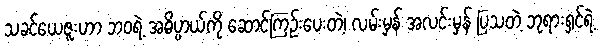
သခင်ယေဇူးဟာ ဘဝရဲ့ အဓိပ္ပာယ်ကို ဆောင်ကြဉ်းပေးတဲ့၊ လမ်းမှန် အလင်းမှန် ပြသတဲ့ ဘုရားရှင်ရဲ့